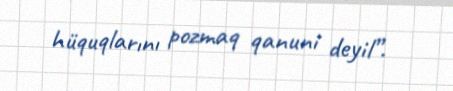
hüquqlarını pozmaq qanuni deyil”.